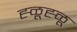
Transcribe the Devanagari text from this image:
ह्ळूह्ळू